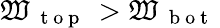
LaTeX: \mathfrak{W}_{\mathrm{{~{~t~o~p~}~}}}>\mathfrak{W}_{\mathrm{{~{~b~o~t~}~}}}